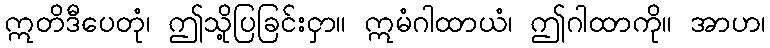
ဣတိဒီပေတုံ၊ ဤသို့ပြခြင်းငှာ။ ဣမံဂါထာယံ၊ ဤဂါထာကို။ အာဟ၊